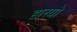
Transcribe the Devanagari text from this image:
हारयो